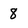
Character: 8